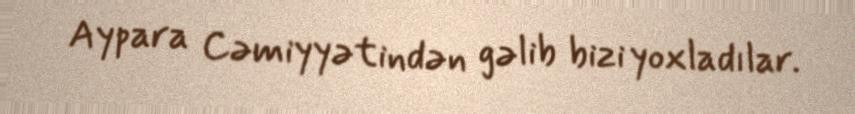
Aypara Cəmiyyətindən gəlib bizi yoxladılar.